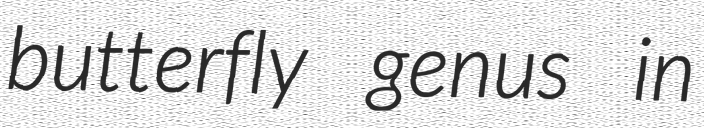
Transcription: butterfly genus in